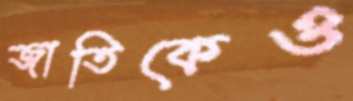
জাতিকেও